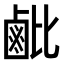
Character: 𬸲